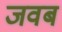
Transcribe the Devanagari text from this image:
जवब